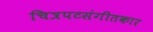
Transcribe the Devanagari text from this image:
चित्रपटसंगीतकार